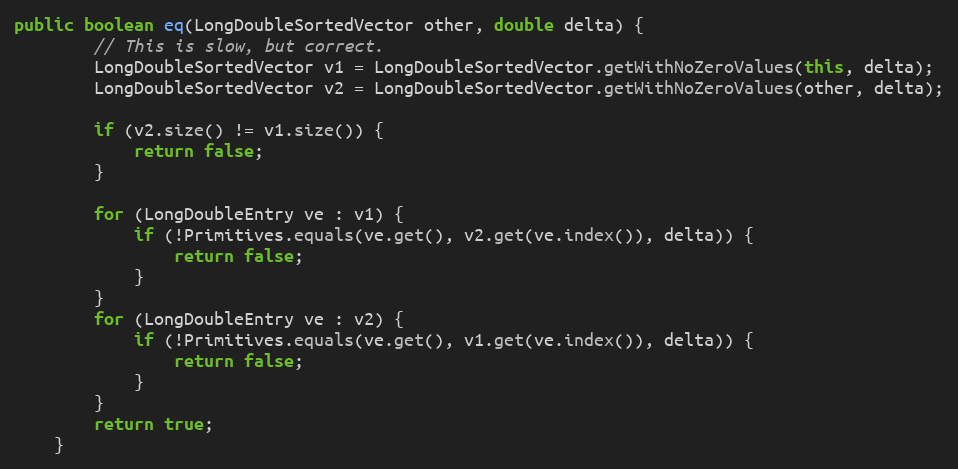
Language: Java
public boolean eq(LongDoubleSortedVector other, double delta) {
        // This is slow, but correct.
        LongDoubleSortedVector v1 = LongDoubleSortedVector.getWithNoZeroValues(this, delta);
        LongDoubleSortedVector v2 = LongDoubleSortedVector.getWithNoZeroValues(other, delta);

        if (v2.size() != v1.size()) {
            return false;
        }

        for (LongDoubleEntry ve : v1) {
            if (!Primitives.equals(ve.get(), v2.get(ve.index()), delta)) {
                return false;
            }
        }
        for (LongDoubleEntry ve : v2) {
            if (!Primitives.equals(ve.get(), v1.get(ve.index()), delta)) {
                return false;
            }
        }
        return true;
    }